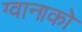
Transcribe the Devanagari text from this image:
ग्वानाको